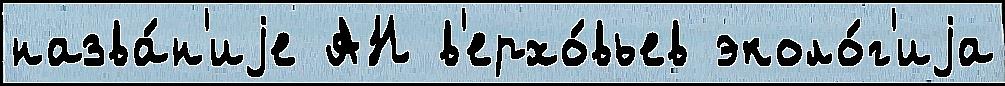
назва́н'иjе АН в'ерхо́вьев эколо́г'иjа